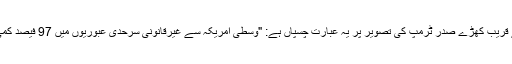
دیوار کے قریب کھڑے صدر ٹرمپ کی تصویر پر یہ عبارت چسپاں ہے: "وسطی امریکہ سے غیرقانونی سرحدی عبوریوں میں 97 فیصد کمی آئی ہے۔